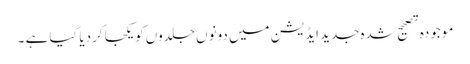
موجودہ تصحیح شدہ جدید ایڈیشن میں دونوں جلدوں کویکجا کردیا گیا ہے ۔